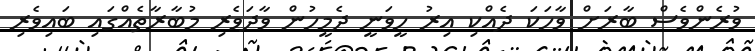
ވުރެންވެސް ބާރަށް ވާހަކަ ދެއްކި އިރު ހީވަނީ ދެމީހުން ވާދަވެރި މުބާރާތެއްގައި ބައިވެރި